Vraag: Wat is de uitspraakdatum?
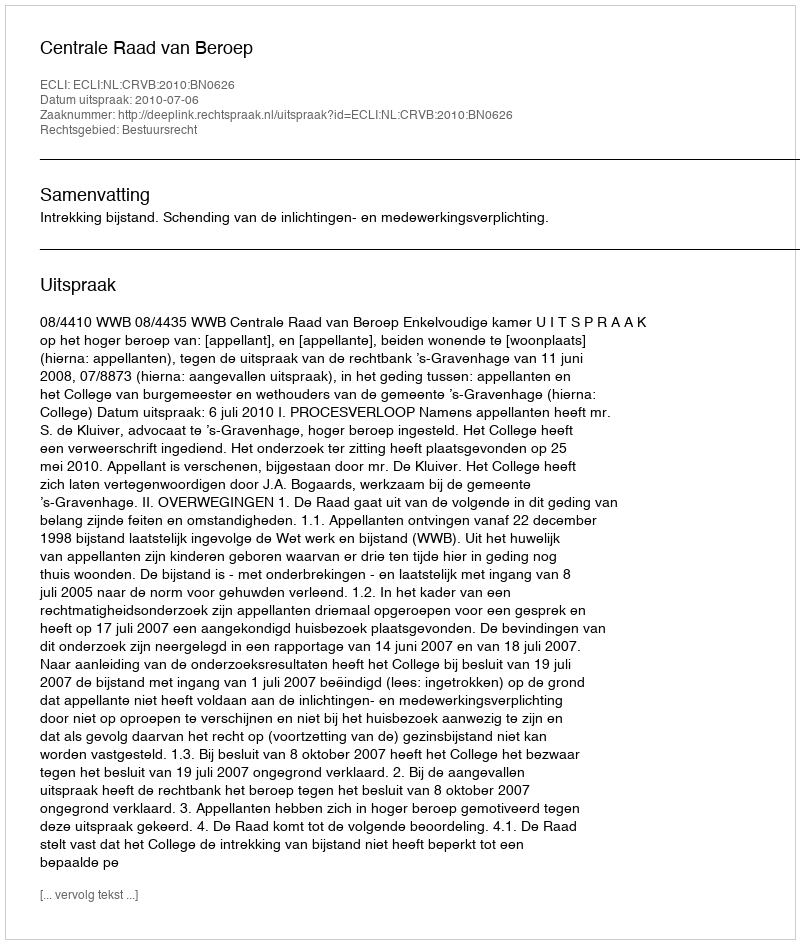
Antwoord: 2010-07-06